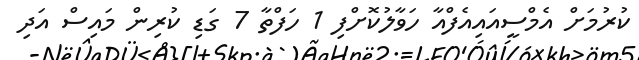
ކުރުމަށް އެމްސީއައިއެފްއާ ހަވާލުކޮށްފި 1 ހަފްތާ 7 ގަޑި ކުރިން މައިސް އަދި